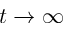
t \to \infty